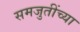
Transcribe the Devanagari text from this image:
समजुतींच्या